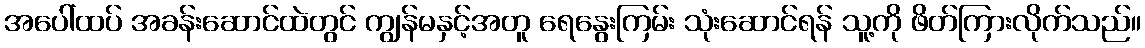
အပေါ်ထပ် အခန်းဆောင်ထဲတွင် ကျွန်မနှင့်အတူ ရေနွေးကြမ်း သုံးဆောင်ရန် သူ့ကို ဖိတ်ကြားလိုက်သည်။